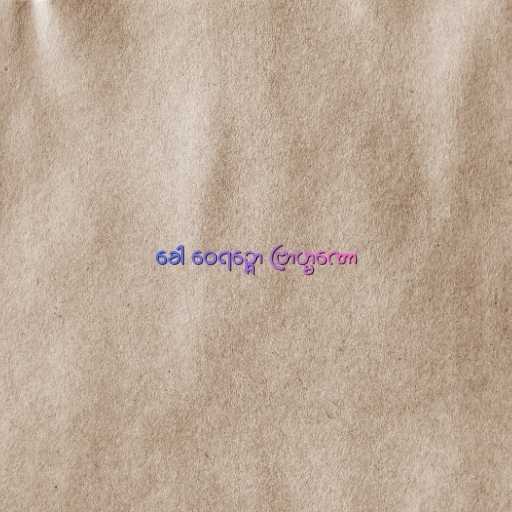
ခေါ ဝေရဉ္ဇော ဗြာဟ္မဏော